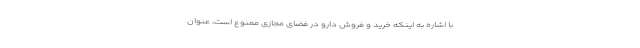
با اشاره به اینکه خرید و فروش دارو در فضای مجازی ممنوع است، عنوان